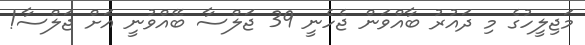
މަޖިލީހުގެ މި ދައުރު ބާއްވަން ޖެހެނީ 39 ޖަލްސާ ބޭއްވުނީ އަށް ޖަލްސާ!